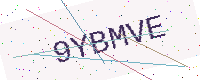
Text: 9YBMVE